Malarial fevers
Disease focus: Malaria
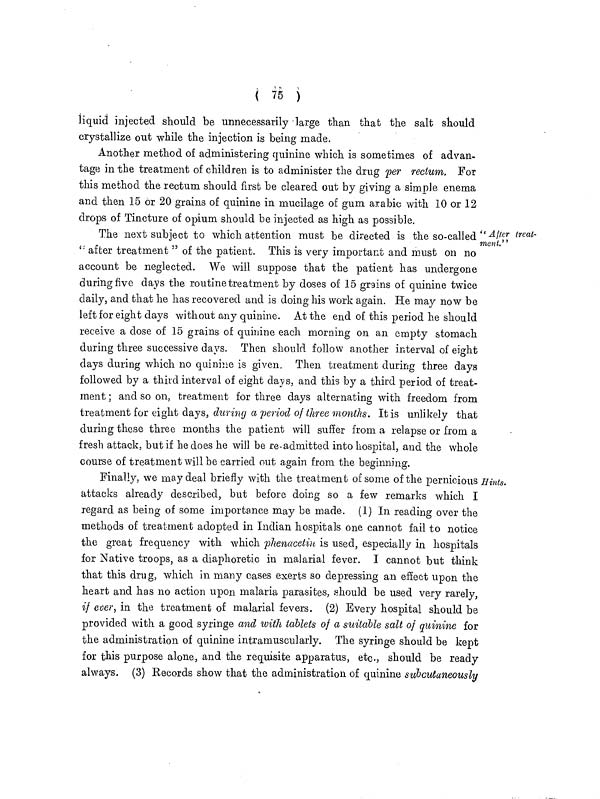
( 75 )
liquid injected should be unnecessarily • large than that the salt should
crystallize out while the injection is being made.
Another method of administering quinine which is sometimes of advan-
tage in the treatment of children is to administer the drug per rectum. For
this method the rectum should first be cleared out by giving a simple enema
and then 15 or 20 grains of quinine in mucilage of gum arabic with 10 or 12
drops of Tincture of opium should be injected as high as possible.
"After treat-
ment."
The next subject to which attention must be directed is the so-called
" after treatment " of the patient. This is very important and must on no
account be neglected. We will suppose that the patient has undergone
during five days the routine treatment by doses of 15 grains of quinine twice
daily, and that he has recovered and is doing his work again. He may now be
left for eight days without any quinine. At the end of this period he should
receive a dose of 15 grains of quinine each morning on an empty stomach
during three successive days. Then should follow another interval of eight
days during which no quinine is given. Then treatment during three days
followed by a third interval of eight days, and this by a third period of treat-
ment ; and so on, treatment for three days alternating with freedom from
treatment for eight days, during a period of three months. It is unlikely that
during these three months the patient will suffer from a relapse or from a
fresh attack, but if he does he will be re-admitted into hospital, and the whole
course of treatment will be carried out again from the beginning.
Hints.
Finally, we may deal briefly with the treatment of some of the pernicious
attacks already described, but before doing so a few remarks which I
regard as being of some importance may be made. (1) In reading over the
methods of treatment adopted in Indian hospitals one cannot fail to notice
the great frequency with which phenacetin is used, especially in hospitals
for Native troops, as a diaphoretic in malarial fever. I cannot but think
that this drug, which in many cases exerts so depressing an effect upon the
heart and has no action upon malaria parasites, should be used very rarely,
if ever, in the treatment of malarial fevers. (2) Every hospital should be
provided with a good syringe and with tablets of a suitable salt of quinine for
the administration of quinine intramuscularly. The syringe should be kept
for this purpose alone, and the requisite apparatus, etc., should be ready
always. (3) Records show that the administration of quinine subcutaneously